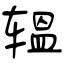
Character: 辒